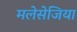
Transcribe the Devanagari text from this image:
मलेसेजिया